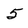
Character: 5